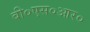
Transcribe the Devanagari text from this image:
बी०एस०आर०